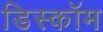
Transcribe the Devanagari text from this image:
डिस्कॉम